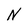
Character: N